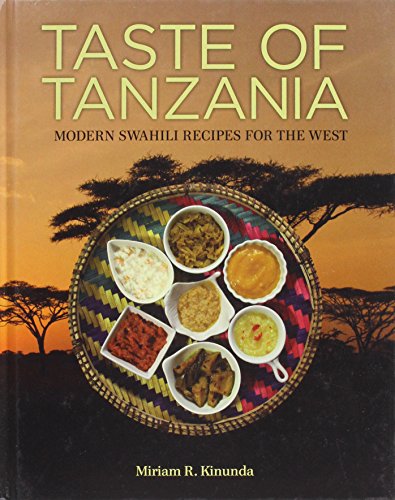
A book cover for Taste of Tanzania: Modern Swahili Recipes for the West; Miriam R. Kinunda; Cookbooks, Food & Wine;